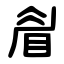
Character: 睂